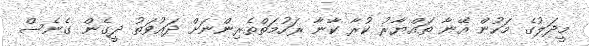
މީދަލުގެ މަހުން އޭނާ ތައްޔާރު ކުރާ ކާނާ ރަހުމަތްތެރިންނަށް ދައުވަތު ދީގެން ގެނެސް